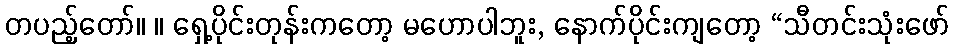
တပည့်တော်။ ။ ရှေ့ပိုင်းတုန်းကတော့ မဟောပါဘူး, နောက်ပိုင်းကျတော့ “သီတင်းသုံးဖော်